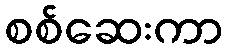
စစ်ဆေးကာ